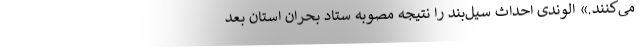
می‌کنند.» الوندی احداث سیل‌بند را نتیجه مصوبه ستاد بحران استان بعد